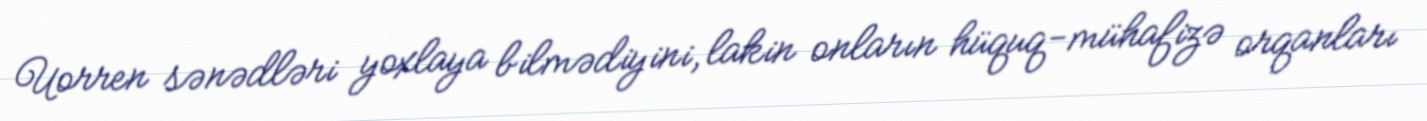
Uorren sənədləri yoxlaya bilmədiyini, lakin onların hüquq-mühafizə orqanları